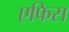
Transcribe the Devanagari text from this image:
एफिस